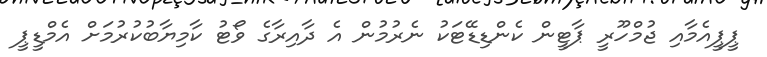
ޕީޕީއެމާއި ޖުމްހޫރީ ޕާޓީން ކެންޑިޑޭޓަކު ނެރުމުން އެ ދާއިރާގެ ވޯޓު ކާމިޔާބުކުރުމަށް އެމްޑީޕީ